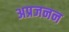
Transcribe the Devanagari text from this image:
अप्रजनन